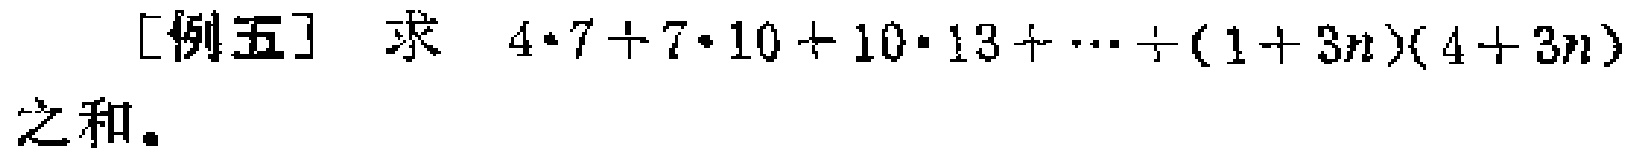
[例五] 求 \(4\cdot7 + 7\cdot10+10\cdot13+\cdots+(1 + 3n)(4 + 3n)\) 之和。